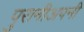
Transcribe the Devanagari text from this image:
पुरानीअपनी